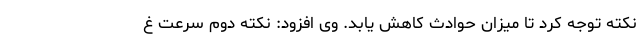
نکته توجه کرد تا میزان حوادث کاهش یابد. وی افزود: نکته دوم سرعت غ